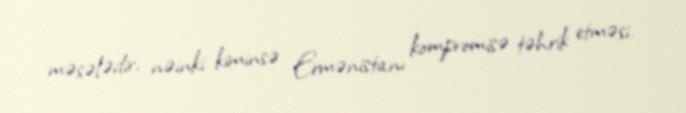
məsələdir, nəinki kiminsə Ermənistanı kompromisə təhrik etməsi.